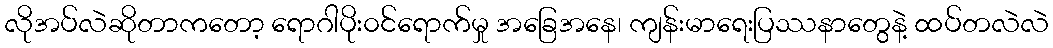
လိုအပ်လဲဆိုတာကတော့ ရောဂါပိုး၀င်ရောက်မှု အခြေအနေ၊ ကျန်းမာရေးပြဿနာတွေနဲ့ ထပ်တလဲလဲ